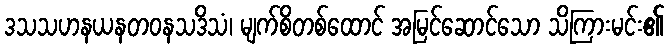
ဒသသဟနယနတဝနသဒိသံ၊ မျက်စိတစ်ထောင် အမြင်ဆောင်သော သိကြားမင်း၏